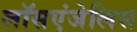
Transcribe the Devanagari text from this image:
लॉसएंजेलिस